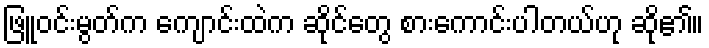
ဖြူဝင်းမွတ်က ကျောင်းထဲက ဆိုင်တွေ စားကောင်းပါတယ်ဟု ဆို၏။